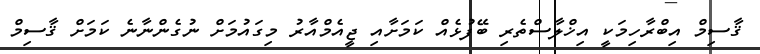
ޤާސިމް އިބްރާހިމަކީ އިޚްލާސްތެރި ބޭފުޅެއް ކަމަށާއި ޖީއެމްއާރު މިގައުމަށް ނުގެންނާނެ ކަމަށް ޤާސިމް